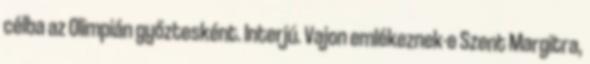
célba az Olimpián győztesként. Interjú. Vajon emlékeznek-e Szent Margitra,